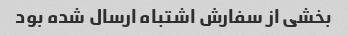
بخشی از سفارش اشتباه ارسال شده بود